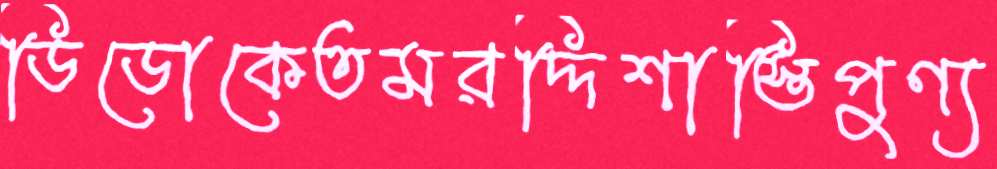
ডিডোকেতমরদ্দিশাস্তিপুণ্য